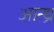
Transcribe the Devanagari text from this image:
आन्‍ध्र